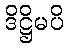
ဒိဋ္ဌိမပိ